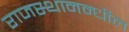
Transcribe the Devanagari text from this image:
राजस्थानम्धील